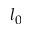
l _ { 0 }